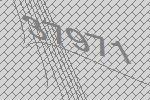
37971